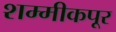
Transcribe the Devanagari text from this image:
शम्मीकपूर